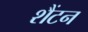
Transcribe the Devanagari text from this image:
शैंटन